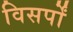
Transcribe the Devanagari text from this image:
विसर्पों